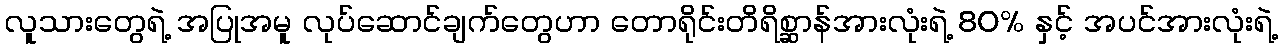
လူသားတွေရဲ့ အပြုအမူ လုပ်ဆောင်ချက်တွေဟာ တောရိုင်းတိရိစ္ဆာန်အားလုံးရဲ့ 80% နှင့် အပင်အားလုံးရဲ့